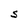
Character: S